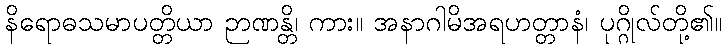
နိရောဓသမာပတ္တိယာ ဉာဏန္တိ၊ ကား။ အနာဂါမိအရဟတ္တာနံ၊ ပုဂ္ဂိုလ်တို့၏။